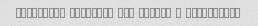
Kheiliiii koochiik bud nesbat b gheymatesh